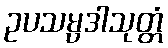
ဥပသမ္ပဒါသုတ္တံ